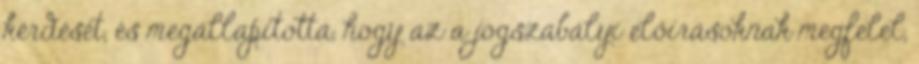
kérdését, és megállapította, hogy az a jogszabályi előírásoknak megfelel,